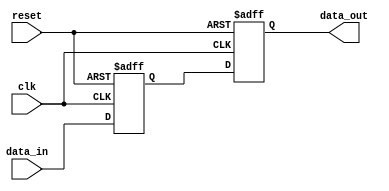
module negative_edge_sensitive (
    input wire clk,         // Clock signal
    input wire reset,       // Reset signal
    input wire [3:0] data_in, // Input data
    output reg [3:0] data_out // Output data
);

    // Internal state variable
    reg [3:0] state;

    // Initial block to set initial conditions
    initial begin
        state = 4'b0000;     // Initial state
        data_out = 4'b0000;  // Initial output
    end

    // Always block sensitive to the negative edge of clk
    always @(negedge clk or posedge reset) begin
        if (reset) begin
            // Asynchronous reset
            state <= 4'b0000;  // Reset state
            data_out <= 4'b0000; // Reset output
        end else begin
            // State transition logic
            state <= data_in;   // Example: Update state with input data
            // Output logic based on state
            data_out <= state;   // Example: Output follows state
        end
    end

endmodule